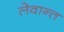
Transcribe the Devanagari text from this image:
लेवान्त